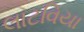
લાટવિયા